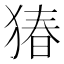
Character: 𬌸